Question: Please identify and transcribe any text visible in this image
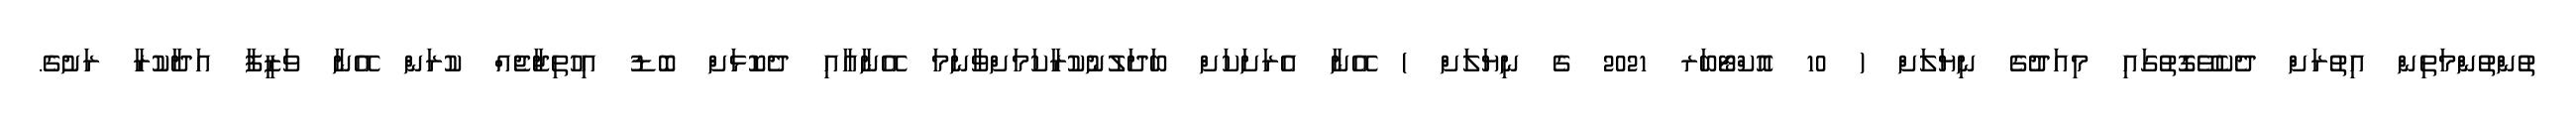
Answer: ތުންތުންމަތިން އިތުރަށް ދެކެވޭގޮތުގައި މިއަދުގެ ނިޔަލަށް ( 10 އޮކްޓޯބަރ 2021 ގެ ނިޔަލަށް ) އޭނާ އެރަށަކަށް ބަދަލުނުކުރާކަމަށްވާނަމަ އޭނާއާއި ދެކޮޅަށް ބޮޑު އިހުތިޖާޖެއް ކުރަން އޭނާ ވަޒީފާ އަދާކުރާ ރަށުގެ.